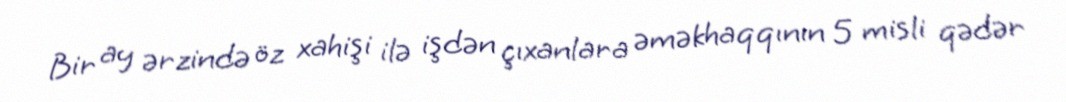
Bir ay ərzində öz xahişi ilə işdən çıxanlara əməkhaqqının 5 misli qədər